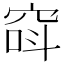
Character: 𥦖